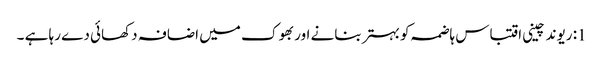
1: ریوند چینی اقتباس ہاضمہ کو بہتر بنانے اور بھوک میں اضافہ دکھائی دے رہا ہے ۔